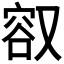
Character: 𪠮